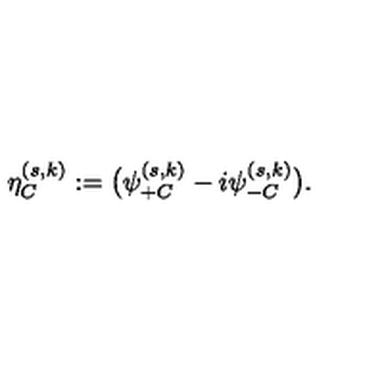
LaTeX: \eta _ { C } ^ { ( s , k ) } : = \bigl ( \psi _ { + C } ^ { ( s , k ) } - i \psi _ { - C } ^ { ( s , k ) } \bigr ) .